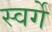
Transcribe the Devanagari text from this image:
स्वर्गे